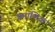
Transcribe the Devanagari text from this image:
प्रमाणिक